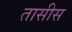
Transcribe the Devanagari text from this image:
तासीस